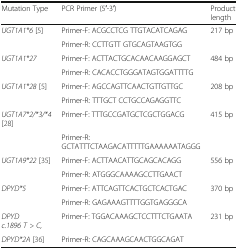
| Mutation Type | PCR Primer (5′-3′) | Product length |
 | --- | --- | --- |
 | UGT1A1*6 [5] | Primer-F: ACGCCTCG TTGTACATCAGAG | 217 bp |
 |  | Primer-R: CCTTGTT GTGCAGTAAGTGG |  |
 | UGT1A1*27 | Primer-F: ACTTACTGCACAACAAGGAGCT | 484 bp |
 |  | Primer-R: CACACCTGGGATAGTGGATTTTG |  |
 | UGT1A1*28 [5] | Primer-F: AGCCAGTTCAACTGTTGTTGC | 208 bp |
 |  | Primer-R: TTTGCT CCTGCCAGAGGTTC |  |
 | UGT1A7*2/*3/*4 [28] | Primer-F: TTTGCCGATGCTCGCTGGACG | 415 bp |
 |  | Primer-R: GCTATTTCTAAGACATTTTTGAAAAAATAGGG |  |
 | UGT1A9*22 [35] | Primer-F: ACTTAACATTGCAGCACAGG | 556 bp |
 |  | Primer-R: ATGGGCAAAAGCCTTGAACT |  |
 | DPYD*5 | Primer-F: ATTCAGTTCACTGCTCACTGAC | 370 bp |
 |  | Primer-R: GAGAAAGTTTTGGTGAGGGCA |  |
 | DPYD c.1896 T > C, | Primer-F: TGGACAAAGCTCCTTTCTGAATA | 231 bp |
 | DPYD*2A [36] | Primer-R: CAGCAAAGCAACTGGCAGAT |  |